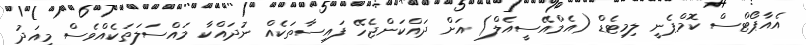
އެއާޕޯޓްސް ކޮމްޕެނީ ލިމިޓެޑް (އެމްއޭސީއެލް) އަށް ދައްކަންޖެހޭ ފައިސާތަކެއް ނުދައްކާ މައްސަލަތަކެއްވެސް މިއަދު